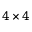
4 \times 4